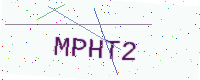
Text: MPHT2